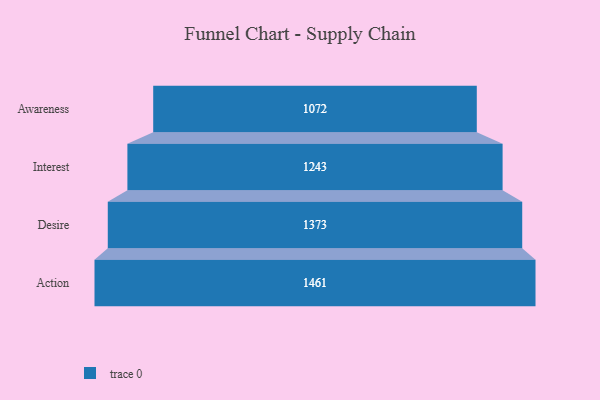
{"axis": {"x": "Stage", "y": "Value"}, "legend": [""], "data": [{"x": "Awareness", "y": 1072.0, "type": ""}, {"x": "Interest", "y": 1243.0, "type": ""}, {"x": "Desire", "y": 1373.0, "type": ""}, {"x": "Action", "y": 1461.0, "type": ""}]}